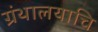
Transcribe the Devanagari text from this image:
ग्रंथालयाचि